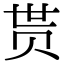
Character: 贳